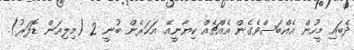
ދެބައި މީހުން އެއްބަސްވެގެން އެއްޗެއް ކިޔާނީއޭ. އަހަރެން ބުނީ 2 (މިލިއަން ޑޮލަރު).